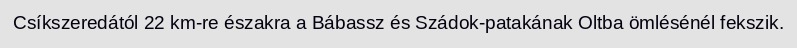
Csíkszeredától 22 km-re északra a Bábassz és Szádok-patakának Oltba ömlésénél fekszik.